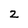
Character: 2